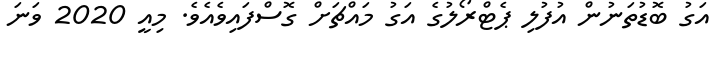
އަގު ބޮޑުތަނުން އުފުލި ޕެޓްރޯލުގެ އަގު މައްޗަށް ގޮސްފައިވެއެވެ. މިއީ 2020 ވަނަ